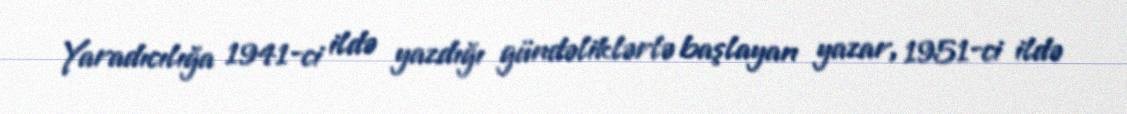
Yaradıcılığa 1941-ci ildə yazdığı gündəliklərlə başlayan yazar, 1951-ci ildə